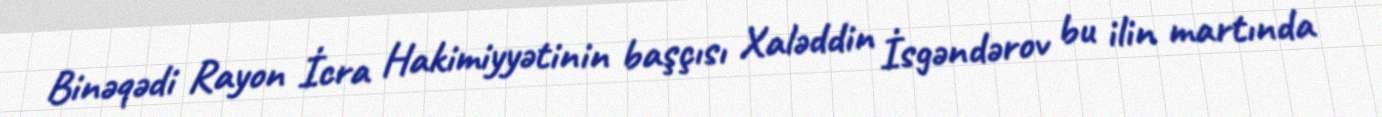
Binəqədi Rayon İcra Hakimiyyətinin başçısı Xaləddin İsgəndərov bu ilin martında